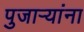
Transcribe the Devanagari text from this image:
पुजाऱ्यांना